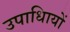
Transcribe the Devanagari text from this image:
उपाधिायों